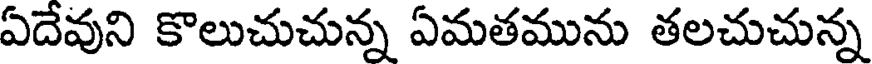
ఏదేవుని కొలుచుచున్న ఏమతమును తలచుచున్న